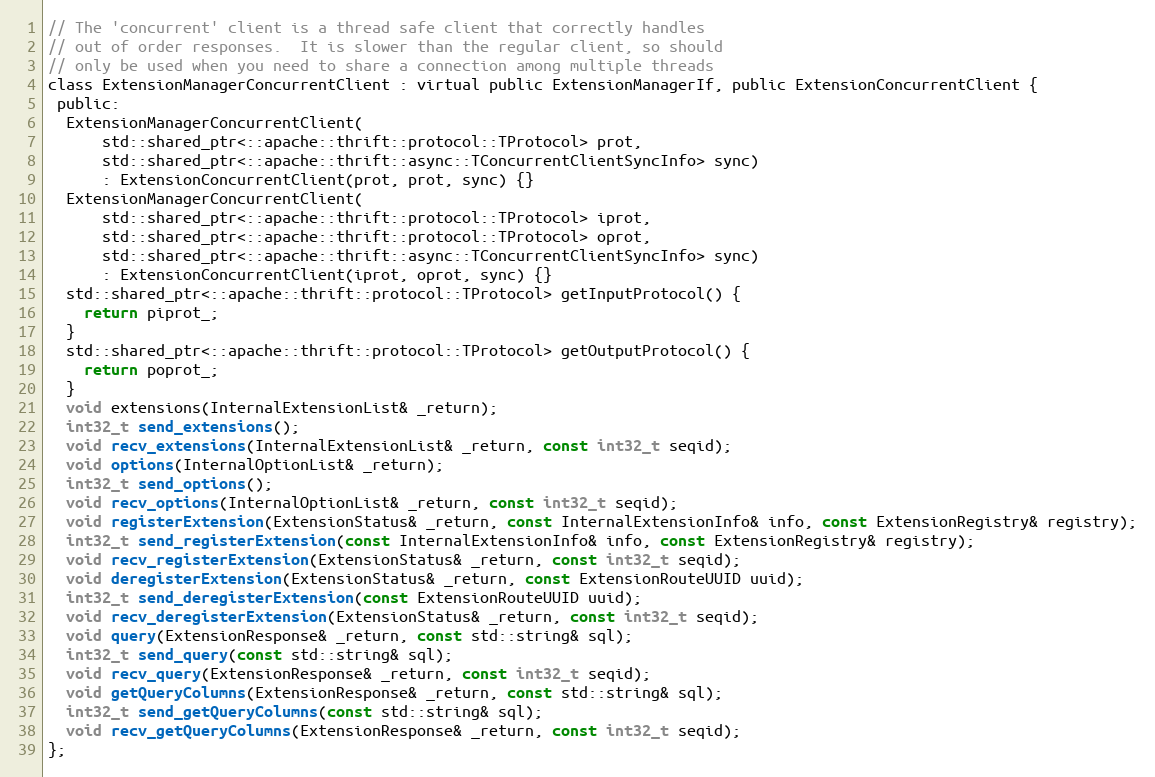
Language: C
// The 'concurrent' client is a thread safe client that correctly handles
// out of order responses.  It is slower than the regular client, so should
// only be used when you need to share a connection among multiple threads
class ExtensionManagerConcurrentClient : virtual public ExtensionManagerIf, public ExtensionConcurrentClient {
 public:
  ExtensionManagerConcurrentClient(
      std::shared_ptr<::apache::thrift::protocol::TProtocol> prot,
      std::shared_ptr<::apache::thrift::async::TConcurrentClientSyncInfo> sync)
      : ExtensionConcurrentClient(prot, prot, sync) {}
  ExtensionManagerConcurrentClient(
      std::shared_ptr<::apache::thrift::protocol::TProtocol> iprot,
      std::shared_ptr<::apache::thrift::protocol::TProtocol> oprot,
      std::shared_ptr<::apache::thrift::async::TConcurrentClientSyncInfo> sync)
      : ExtensionConcurrentClient(iprot, oprot, sync) {}
  std::shared_ptr<::apache::thrift::protocol::TProtocol> getInputProtocol() {
    return piprot_;
  }
  std::shared_ptr<::apache::thrift::protocol::TProtocol> getOutputProtocol() {
    return poprot_;
  }
  void extensions(InternalExtensionList& _return);
  int32_t send_extensions();
  void recv_extensions(InternalExtensionList& _return, const int32_t seqid);
  void options(InternalOptionList& _return);
  int32_t send_options();
  void recv_options(InternalOptionList& _return, const int32_t seqid);
  void registerExtension(ExtensionStatus& _return, const InternalExtensionInfo& info, const ExtensionRegistry& registry);
  int32_t send_registerExtension(const InternalExtensionInfo& info, const ExtensionRegistry& registry);
  void recv_registerExtension(ExtensionStatus& _return, const int32_t seqid);
  void deregisterExtension(ExtensionStatus& _return, const ExtensionRouteUUID uuid);
  int32_t send_deregisterExtension(const ExtensionRouteUUID uuid);
  void recv_deregisterExtension(ExtensionStatus& _return, const int32_t seqid);
  void query(ExtensionResponse& _return, const std::string& sql);
  int32_t send_query(const std::string& sql);
  void recv_query(ExtensionResponse& _return, const int32_t seqid);
  void getQueryColumns(ExtensionResponse& _return, const std::string& sql);
  int32_t send_getQueryColumns(const std::string& sql);
  void recv_getQueryColumns(ExtensionResponse& _return, const int32_t seqid);
};